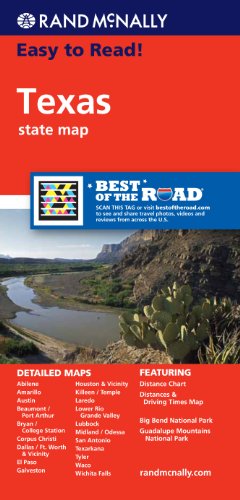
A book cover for Rand McNally Easy To Read: Texas State Map; Rand McNally; Reference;